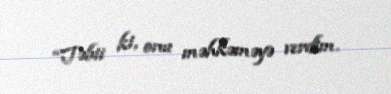
“Təbii ki, onu məhkəməyə verdim.